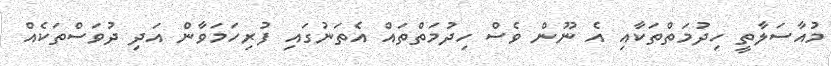
މުއާސަލާތީ ހިދުމަތްތަކާއި އެ ނޫން ވެސް ހިދުމަތްތައް އެތަނުގައި ފުރިހަމަވާން އަދި ދުވަސްތަކެއް